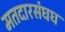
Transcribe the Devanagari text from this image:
मतदारसंघघ